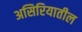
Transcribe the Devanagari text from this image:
असिरियातील